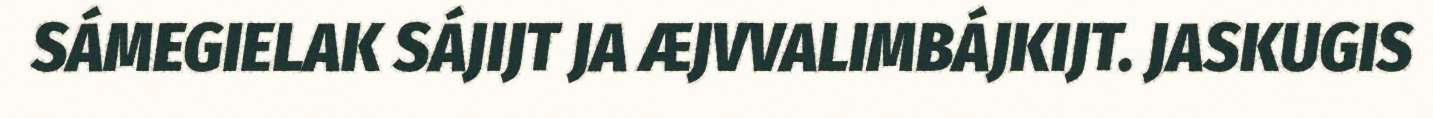
SÁMEGIELAK SÁJIJT JA ÆJVVALIMBÁJKIJT. JASKUGIS